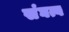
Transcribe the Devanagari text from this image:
संघत्व